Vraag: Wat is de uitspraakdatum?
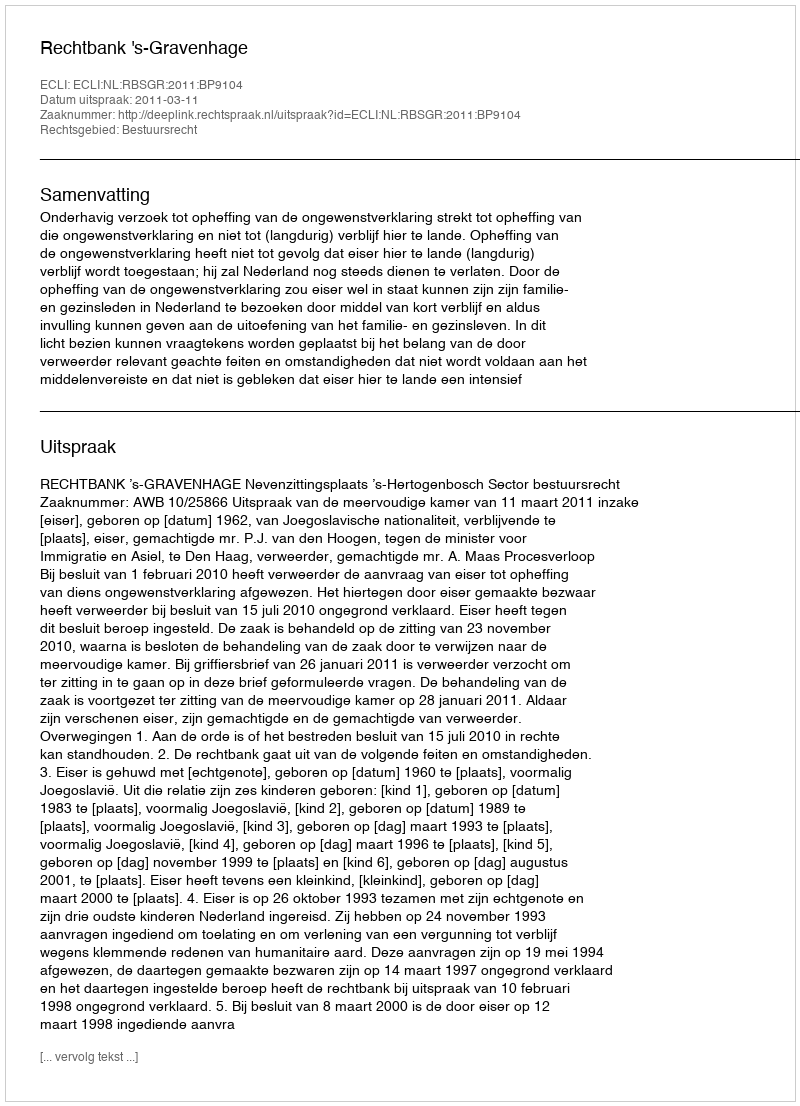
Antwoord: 2011-03-11